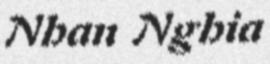
Nhan Nghia